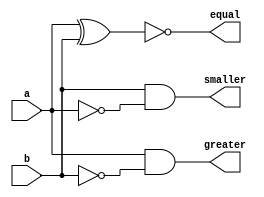

module comparator_1bit(
    input a,
    input b,
    output smaller,
    output equal,
    output greater
    );
  
  wire not_a;
  wire not_b;
  
  not NOT1 (not_a, a);
  not NOT2 (not_b, b);
  
  and  AND1  (smaller, b, not_a);
  xnor NXOR1 (equal, a, b);
  and  AND2  (greater, a, not_b);

endmodule


`timescale 1us/1ns
module tb_comp(
    // no inputs here ;)
    );
	
    reg a, b;
    wire smaller, greater, equal;
	
    // Instantiate the DUT
    comparator_1bit CMP1(
      .a(a),
      .b(b),
      .smaller(smaller),
      .equal(equal),
      .greater(greater)
    );
   
    initial begin
       $monitor(" a = %b, b = %b, smaller = %b, equal = %b, greater = %b",
				  a, b, smaller, equal, greater);
       #1; a = 0; b = 0;
       #1; a = 1; b = 0;
       #1; a = 1; b = 0;
       #1; a = 0; b = 1;
       #1; a = 1; b = 1;      
       #1; $stop;
    end
  
endmodule